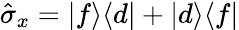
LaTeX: \hat{\sigma}_{x}=\vert f\rangle\langle d\vert+\vert d\rangle\langle f\vert